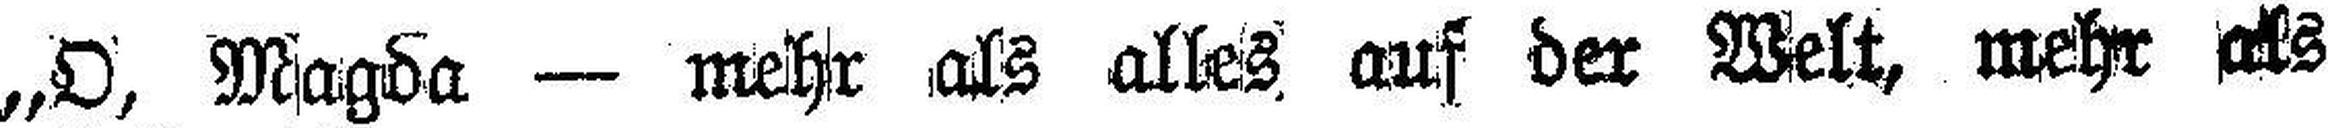
„O, Magda — mehr als alles auf der Welt, mehr als